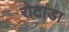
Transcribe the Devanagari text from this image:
रोटांडा